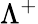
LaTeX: \Lambda^{+}